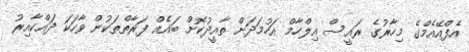
އެފްއޭއެމްގެ މިހާރުގެ ރައީސް އިލްހާމް އަހުމަދަށް ތާއީދުކޮށް ބައެއް ފަރާތްތަކުން ވާހަކަ ދައްކާއިރު